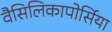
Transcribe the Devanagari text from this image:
वैसिलिकापोर्सिया